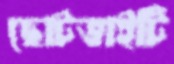
ছোটভাইটি